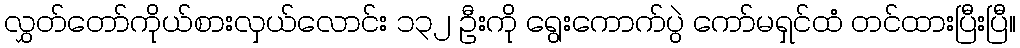
လွှတ်တော်ကိုယ်စားလှယ်လောင်း ၁၃၂ ဦးကို ရွေးကောက်ပွဲ ကော်မရှင်ထံ တင်ထားပြီးပြီ။